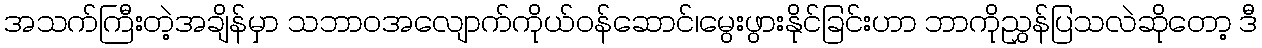
အသက်ကြီးတဲ့အချိန်မှာ သဘာဝအလျောက်ကိုယ်ဝန်ဆောင်၊မွေးဖွားနိုင်ခြင်းဟာ ဘာကိုညွှန်ပြသလဲဆိုတော့ ဒီ